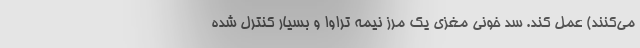
می‌کنند) عمل کند. سد خونی مغزی یک مرز نیمه تراوا و بسیار کنترل شده